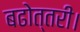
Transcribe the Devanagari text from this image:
बढोत्तरी।